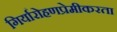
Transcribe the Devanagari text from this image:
गिर्यारोहणप्रेमीकरता